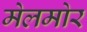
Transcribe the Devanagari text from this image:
मेलमोर